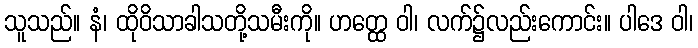
သူသည်။ နံ၊ ထိုဝိသာခါသတို့သမီးကို။ ဟတ္ထေ ဝါ၊ လက်၌လည်းကောင်း။ ပါဒေ ဝါ၊